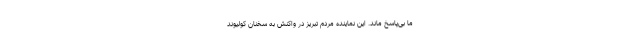
ما بی‌پاسخ ماند. این نماینده مردم تبریز در واکنش به سخنان کولیوند